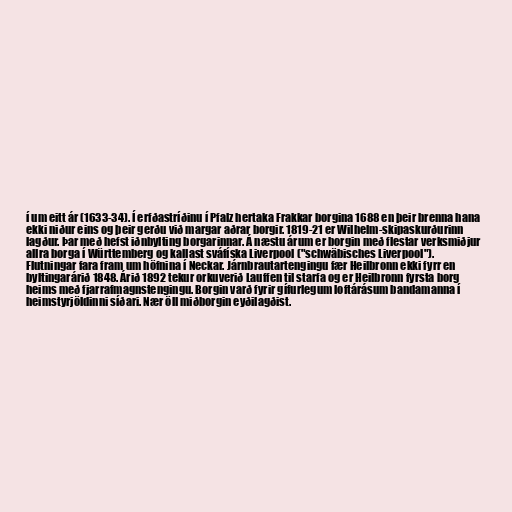
í um eitt ár (1633-34). Í erfðastríðinu í Pfalz hertaka Frakkar borgina 1688 en þeir brenna hana
ekki niður eins og þeir gerðu við margar aðrar borgir. 1819-21 er Wilhelm-skipaskurðurinn
lagður. Þar með hefst iðnbylting borgarinnar. Á næstu árum er borgin með flestar verksmiðjur
allra borga í Württemberg og kallast sváfíska Liverpool ("schwäbisches Liverpool").
Flutningar fara fram um höfnina í Neckar. Járnbrautartengingu fær Heilbronn ekki fyrr en
byltingarárið 1848. Árið 1892 tekur orkuverið Lauffen til starfa og er Heilbronn fyrsta borg
heims með fjarrafmagnstengingu. Borgin varð fyrir gífurlegum loftárásum bandamanna í
heimstyrjöldinni síðari. Nær öll miðborgin eyðilagðist.